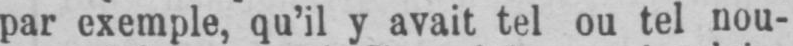
par exemple, qu’il y avait tel ou tel nou-